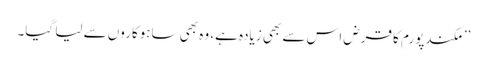
’’مکندپورم کا قرض اس سے بھی زیادہ ہے، وہ بھی ساہوکاروں سے لیا گیا۔